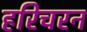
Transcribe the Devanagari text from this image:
हरिचरन